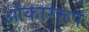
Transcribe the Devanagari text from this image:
ओंकाररूप